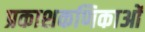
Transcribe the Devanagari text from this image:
प्रकाशकणिकाओं